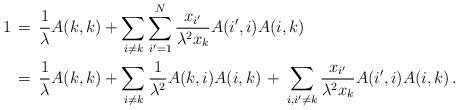
LaTeX: \begin{align*}1\,&=\,\frac{1}{\lambda}A(k,k)+\sum_{i\neq k} \sum_{i'=1}^N\frac{x_{i'}}{\lambda^2 x_k}A(i',i)A(i,k)\cr&=\,\frac{1}{\lambda}A(k,k)+\sum_{i\neq k} \frac{1}{\lambda^2 }A(k,i)A(i,k)\,+\,\sum_{i,i'\neq k} \frac{x_{i'}}{\lambda^2 x_k}A(i',i)A(i,k)\,.\end{align*}